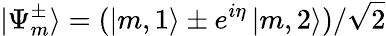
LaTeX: \mathinner{|{\Psi_{m}^{\pm}}\rangle}=(\mathinner{|{m,1}\rangle}\pm e^{i\eta}\mathinner{|{m,2}\rangle})/\sqrt{2}